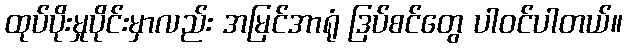
ထုပ်ပိုးမှုပိုင်းမှာလည်း အမြင်အာရုံ ဒြပ်စင်တွေ ပါဝင်ပါတယ်။